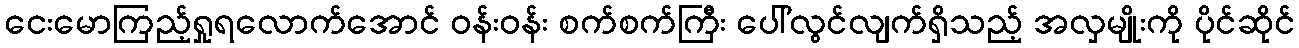
ငေးမောကြည့်ရှုရလောက်အောင် ဝန်းဝန်း စက်စက်ကြီး ပေါ်လွင်လျက်ရှိသည့် အလှမျိုးကို ပိုင်ဆိုင်